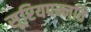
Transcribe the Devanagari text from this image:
सूरियपन्नति